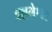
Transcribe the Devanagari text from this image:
वल्लभेश्वर